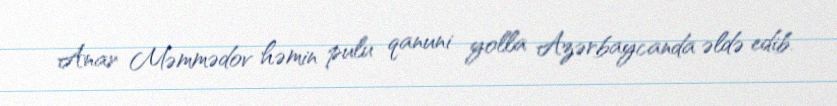
Anar Məmmədov həmin pulu qanuni yolla Azərbaycanda əldə edib.